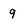
Character: 9